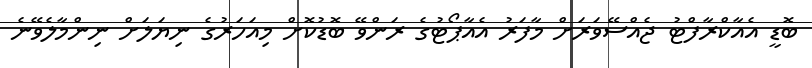
ބޮޑީ އެއާކްރާފްޓު ޖެއްސޭވަރަށް މާފަރު އެއާޕޯޓުގެ ރަންވޭ ބޮޑުކޮށް މިއަހަރުގެ ނިޔަލަށް ނިންމާލެވޭނެ